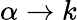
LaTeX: \alpha\rightarrow k